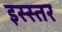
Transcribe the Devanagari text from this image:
इस्स्तर